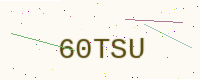
Text: 60TSU